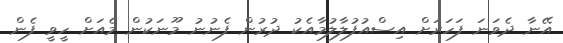
އޭނާ ދެވަނަ ފަހަރަށް އިސްއުފުލާލުމާއެކު ދުރުން ފެނުނު މޫނަކުން މެއަށް ހީވީ ފެން